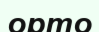
орто